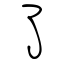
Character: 了